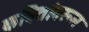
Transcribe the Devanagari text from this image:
कवितांवरून